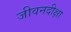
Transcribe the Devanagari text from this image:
जीवनदीक्षा